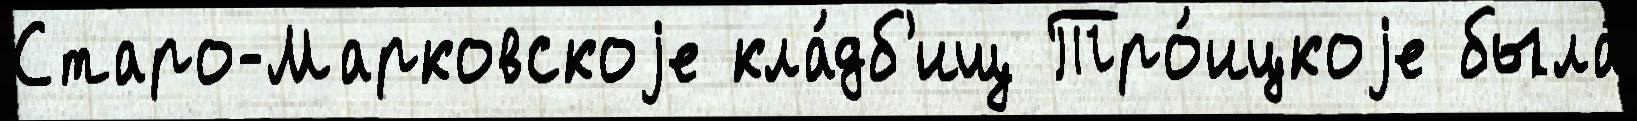
Старо-Марковскоjе кла́дб'ищ Тро́ицкоjе была́